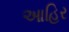
આહિર